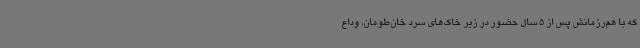
که با هم‌رزمانش پس از 5 سال حضور در زیر خاک‌های سرد خان‌طومان، وداع